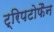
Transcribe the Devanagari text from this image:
ट्रिपटोफैन